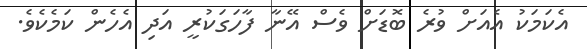
އެކަމަކު އެއަށް ވުރެ ބޮޑަށް ވެސް އޭނާ ފާހަގަކުރީ އަދި އެހެން ކަމެކެވެ.